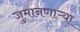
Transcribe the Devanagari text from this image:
जुमानणाऱ्या